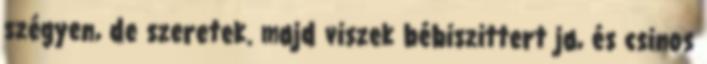
szégyen, de szeretek. majd viszek bébiszittert ja, és csinos